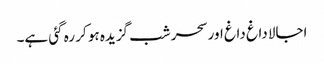
اجالا داغ داغ اور سحر شب گزیدہ ہو کر رہ گئی ہے۔